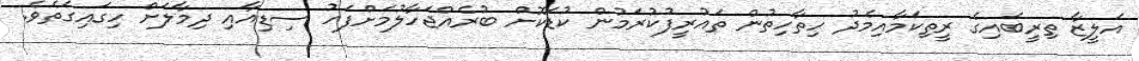
އަލީޒާ ތިރީބައިގެ ރީތިކަމާއިމެދު ހިތާހިތުން ތައުރީފުކުރަމުން ކުޑަކޮށް ބުރެއްޖަހާލުމަށްފަހު ސިޑިއާއި ދިމާލަށް ހިގައިގަތެވެ.